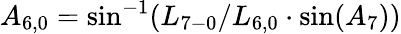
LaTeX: {A_{6,0}}=\sin^{-1}({L_{7-0}}/{L_{6,0}}\cdot\sin({A_{7}}))